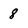
Character: 8